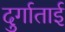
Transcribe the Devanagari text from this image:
दुर्गाताई